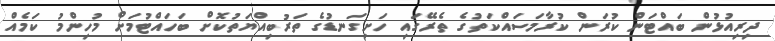
ދިރިއުޅުން ބައްޓަން ކުރަން ކުރާމަސައްކަތުގެ ތެރޭގައި ހަށިގަނޑުގެ ތަރުބިއްޔަތުކޮށް ބަހައްޓުމަށް މުހިންމު ކަމެއް